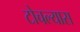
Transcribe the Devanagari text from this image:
टोचल्यास